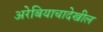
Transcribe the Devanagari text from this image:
अरेबियाचादेखील